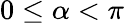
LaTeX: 0\leq\alpha<\pi